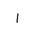
Letter: _alif